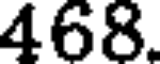
468.